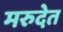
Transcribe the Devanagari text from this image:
मरुदेत